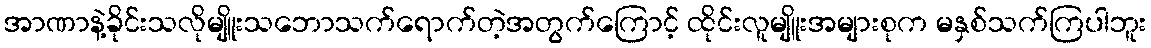
အာဏာနဲ့ခိုင်းသလိုမျိူးသဘောသက်ရောက်တဲ့အတွက်ကြောင့် ထိုင်းလူမျိူးအများစုက မနှစ်သက်ကြပါဘူး